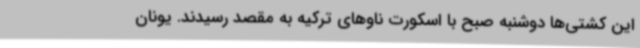
این کشتی‌ها دوشنبه صبح با اسکورت ناوهای ترکیه به مقصد رسیدند. یونان